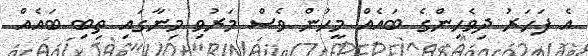
އެ ފަހަރު ދިވެހިންގެ ބައެއް މީހުން ވެސް މަރުވި މިނާގައި ތިބި ބައެއް